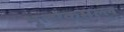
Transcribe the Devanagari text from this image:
भूलोकमल्ल